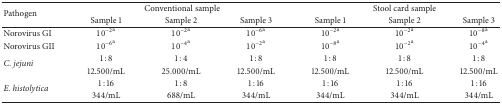
| <ROWSPAN=2> Pathogen | <COLSPAN=3> Conventional sample | <COLSPAN=3> Stool card sample |
 | Sample 1 | Sample 2 | Sample 3 | Sample 1 | Sample 2 | Sample 3 |
 | --- | --- | --- | --- | --- | --- | --- |
 | Norovirus GI | 10−2a | 10−2a | 10−6a | 10−2a | 10−2a | 10−8a |
 | Norovirus GII | 10−6a | 10−4a | 10−2a | 10−8a | 10−2a | 10−4a |
 | <ROWSPAN=2> C. jejuni | 1 : 8 | 1 : 4 | 1 : 8 | 1 : 8 | 1 : 8 | 1 : 8 |
 | 12.500/mL | 25.000/mL | 12.500/mL | 12.500/mL | 12.500/mL | 12.500/mL |
 | <ROWSPAN=2> E. histolytica | 1 : 16 | 1 : 8 | 1 : 16 | 1 : 16 | 1 : 16 | 1 : 16 |
 | 344/mL | 688/mL | 344/mL | 344/mL | 344/mL | 344/mL |